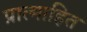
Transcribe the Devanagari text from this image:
प्रात्माहित